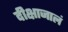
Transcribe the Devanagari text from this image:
दीक्षाजालं